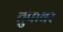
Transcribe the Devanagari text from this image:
तुपावर